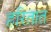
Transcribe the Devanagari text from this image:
हरितात